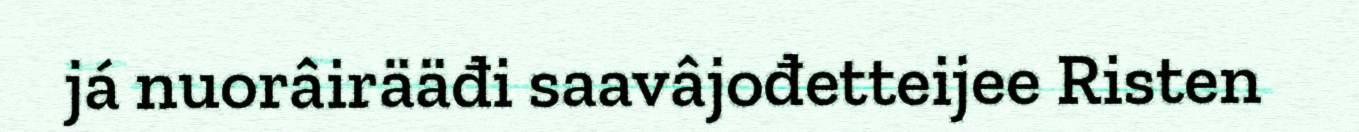
já nuorâirääđi saavâjođetteijee Risten